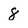
Character: 8